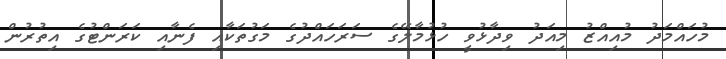
މުހައްމަދު މުއިއްޒު މިއަދު ވިދާޅުވީ ހުޅުމާލޭގެ ސަރަހައްދުގެ މަގުތަކާއި ފެނާއި ކަރަންޓުގެ އިތުރުން